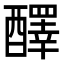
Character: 醳